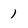
Character: 1